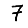
Digit: 7